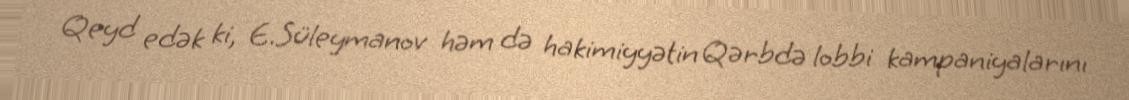
Qeyd edək ki, E.Süleymanov həm də hakimiyyətin Qərbdə lobbi kampaniyalarını